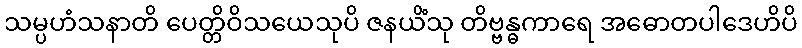
သမ္ပဟံသနာတိ ပေတ္တိဝိသယေသုပိ ဇနယိံသု တိဗ္ဗန္ဓကာရေ အဓောတပါဒေဟိပိ